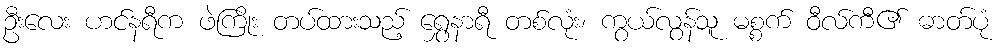
ဦးလေး ဟင်နရီက ဖဲကြိုး တပ်ထားသည့် ရွှေနာရီ တစ်လုံး၊ ကွယ်လွန်သူ မစ္စက် ဝီလ်ကီ၏ ဓာတ်ပုံ